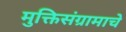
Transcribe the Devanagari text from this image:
मुक्तिसंग्रामाचे